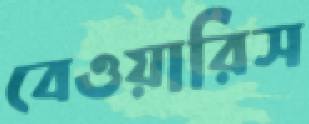
বেওয়ারিস